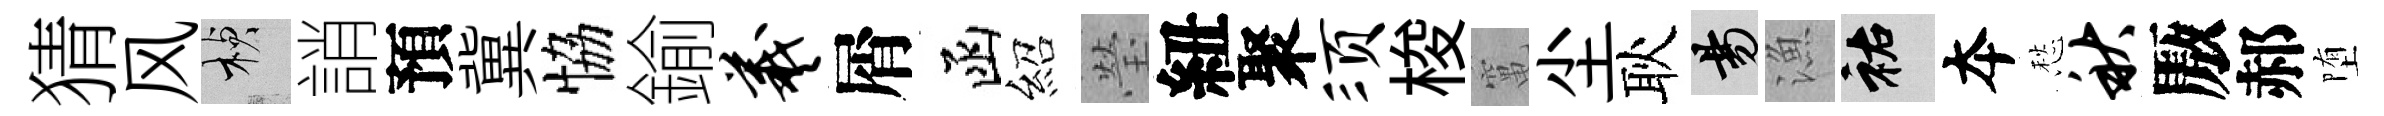
猜风楨誚預冀恊鍮羲屑函紹瑩紐聚须梭𥧄尘耿昜漁祐夲愁秋厫郝堕